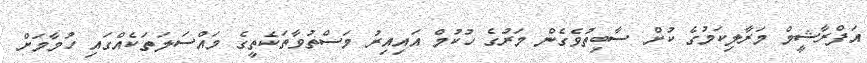
އަފްރާޝީމް މަރާލިކަމުގެ ކުށް ސާބިތުވެގެން މަރުގެ ހުކުމް އައިއިރު މަސްތުވާތަކެތީގެ މައްސަލަތަކެއްގައި ހުމާމަށް